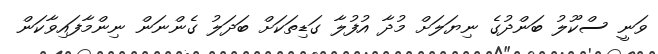
ވަނީ ސްކޫލު ބަންދުގެ ނިޔަލަށް މުދާ އުފުލާ ގަޑިތަކަށް ބަދަލު ގެންނަން ނިންމާފައިވާކަން